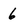
Character: 6